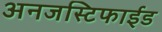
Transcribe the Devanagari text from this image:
अनजस्टिफाईड